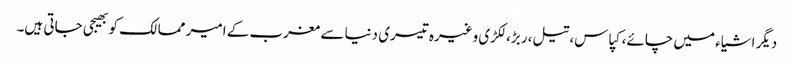
دیگر اشیاء میں چائے، کپاس، تیل، ربڑ، لکڑی وغیرہ تیسری دنیا سے مغرب کے امیر ممالک کو بھیجی جاتی ہیں۔